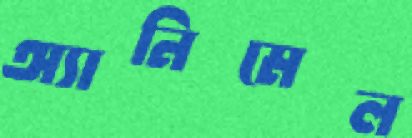
অ্যানিমেল